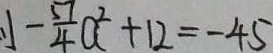
- \frac { 5 7 } { 4 } a ^ { 2 } + 1 2 = - 4 5